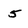
Character: 5